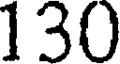
130